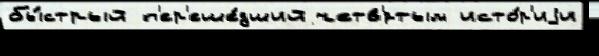
бы́стрый п'ер'еше́дший четв'́ртым исто́р'иjи